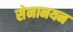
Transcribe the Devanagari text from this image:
सेनानयन